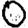
Digit: 0